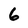
Character: 6